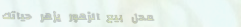
محل بيع الزهور يزهر حياتك